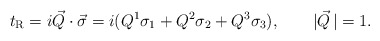
\begin{align*}t_{\rm R}= i\vec Q\cdot \vec\sigma=i(Q^1\sigma_1+Q^2\sigma_2+Q^3\sigma_3), \qquad |\vec Q\,|=1. \end{align*}